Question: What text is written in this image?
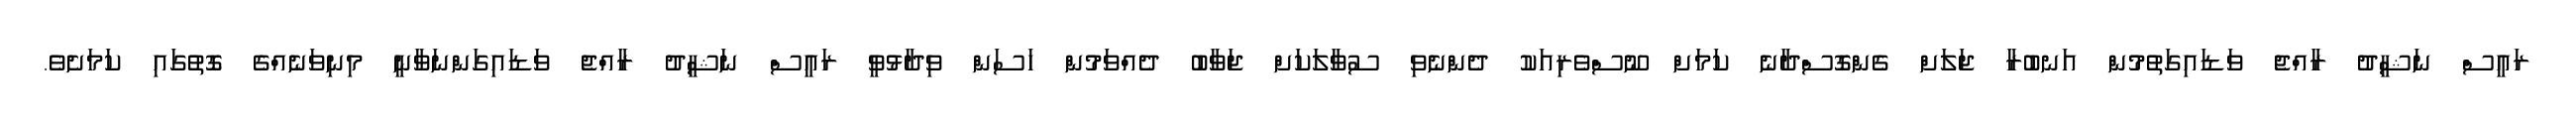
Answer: ރައީސް ނަޝީދު ރާއްޖެ ވަޑައިގަތުމުން އަނބުރާ ޖަލަށް ގެންގޮސްދާނެ ކަމަށް ނޫސްވެރިއަކު ދެންނެވި ސުވާލަކަށް ޖަވާބު ދެއްވަމުން ހަސަން ވިދާޅުވީ ރައީސް ނަޝީދު ރާއްޖެ ވަޑައިގަންނަވާނީ މިނިވަނެއްގެ ގޮތުގައި ކަމަށެވެ.